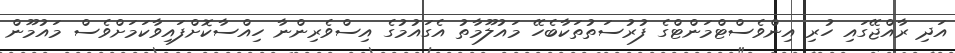
އަދި ރާއްޖޭގައި ހުރި އިންވެސްޓްމަންޓްގެ ފުރުސަތުތަކާބެހޭ މައުލޫމާތު އެގައުމުގެ އިސްވެރިންނާ ހިއްސާކޮށްފައިވާކަމަށްވެސް މައުމޫން